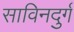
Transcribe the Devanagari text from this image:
साविनदुर्ग